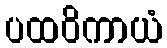
ပထဝိကာယံ